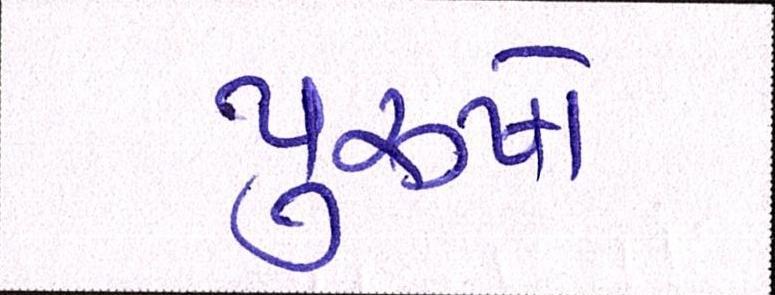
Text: પુરૂષો